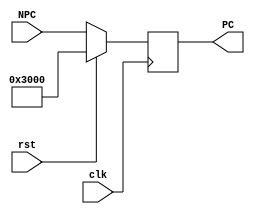
//pc get ins
module pc(NPC, PC, rst, clk);
    input[31:0] NPC;
    input rst, clk;
    
    output[31:0] PC;

    reg[31:0] PC;

    initial
    begin
        PC <= 32'h0000_3000;
    end

    always@(posedge clk)
    begin
        PC <= rst ? 32'h0000_3000 : NPC;
    end

endmodule